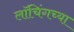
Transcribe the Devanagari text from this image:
लॉचिंगच्या